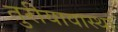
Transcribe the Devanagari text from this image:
तुरीयावास्था